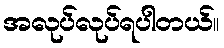
အလုပ်လုပ်ရပါတယ်။